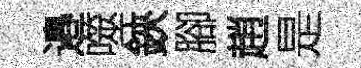
邉噬鋏腳趙是